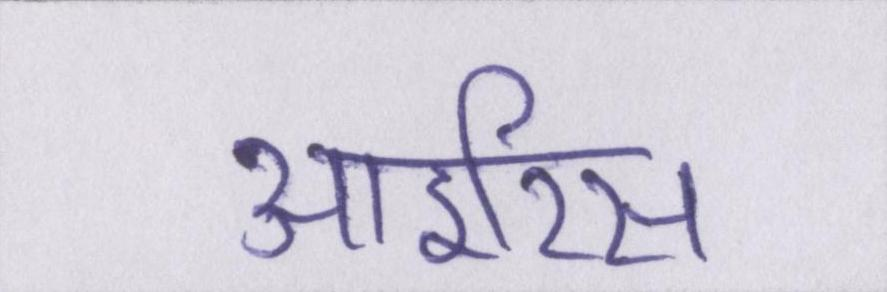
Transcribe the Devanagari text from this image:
आइरिस